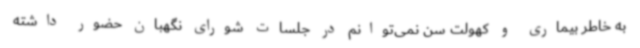
به خاطر بیماری و کهولت سن نمی‌توانم در جلسات شورای نگهبان حضور داشته